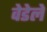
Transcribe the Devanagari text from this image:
वेडेले